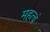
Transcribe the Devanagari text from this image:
महत्वं